Vaccination in Bombay 1889-1901 - 1889-1901
Year: 1889
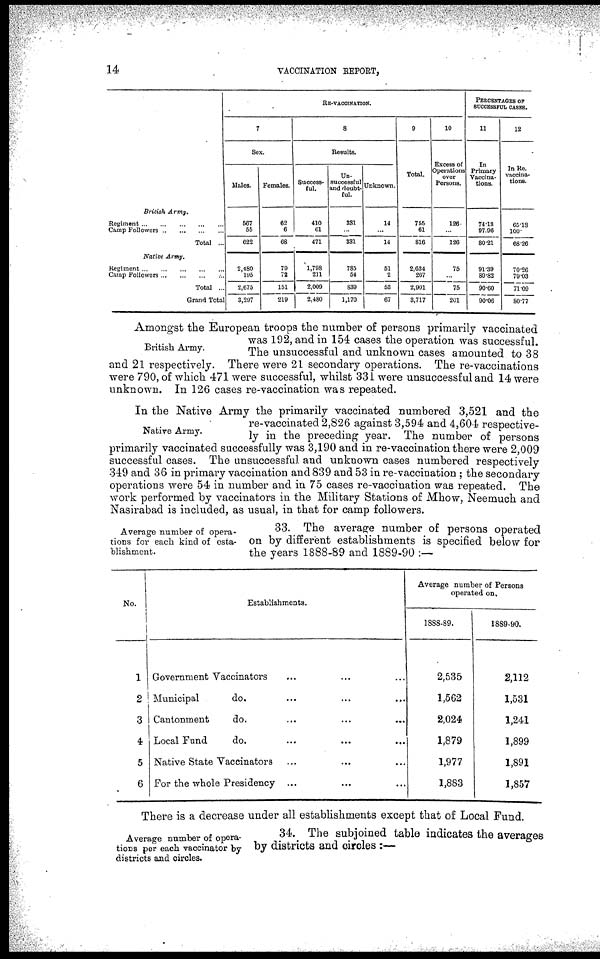
14
VACCINATION REPORT,
British Army.
Regiment...
...
...
...
...
Camp Followers
...
...
...
...
Total ...
Native Army.
Regiment
...
...
...
...
...
Camp Followers ... ... ... ...
Total ...
Grand Total
RE-VACCINATION.
7
Sex.
Males.
567
55
622
2,480
195
2,675
3,297
Females.
62
6
68
79
72
151
219
8
Results.
Success-
ful.
410
61
471
1,798
211
2,009
2,480
Un-
successful
and doubt-
ful.
331
...
331
785
54
839
1,170
Unknown.
14
...
14
51
2
53
67
9
Total.
755
61
816
2,634
267
2,901
3,717
10
Excess of
Operations
over
Persons.
126.
...
126
75
...
75
201
PERCENTAGES OF
SUCCESSFUL CASES.
11
In
Primary
Vaccina-
tions.
74.13
97.96
80.21
91.39
89.82
90.60
90.06
12
In Re-
vaccina-
tions.
65.18
100.
68.26
70.26
79.03
71.09
80.77
British Army.
Amongst the European troops the number of persons primarily vaccinated
was 192, and in 154 cases the operation was successful.
The unsuccessful and unknown cases amounted to 38
and 21 respectively. There were 21 secondary operations. The re-vaccinations
were 790, of which 471 were successful, whilst 331 were unsuccessful and 14 were
unknown. In 126 cases re-vaccination was repeated.
Native Army.
In the Native Army the primarily vaccinated numbered 3,521 and the
re-vaccinated 2,826 against 3,594 and 4,604 respective-
ly in the preceding year. The number of persons
primarily vaccinated successfully was 3,190 and in re-vaccination there were 2,009
successful cases. The unsuccessful and unknown cases numbered respectively
349 and 36 in primary vaccination and 839 and 53 in re-vaccination ; the secondary
operations were 54 in number and in 75 cases re-vaccination was repeated. The
work performed by vaccinators in the Military Stations of Mhow, Neemuch and
Nasirabad is included, as usual, in that for camp followers.
Average number of opera-
tions for each kind of esta-
blishment.
33. The average number of persons operated
on by different establishments is specified below for
the years 1888-89 and 1889-90 :—
No.
1
2
3
4
5
6
Establishments.
Government Vaccinators ... ... ...
Municipal
do. ... ... ...
Cantonment
do. ... ... ...
Local Fund
do. ... ... ...
Native State Vaccinators ... ... ...
For the whole Presidency ... ... ...
Average number of Persons
operated on.
1888-89.
2,535
1,562
2,024
1,879
1,977
1,883
1889-90.
2,112
1,531
1,241
1,899
1,891
1,857
There is a decrease under all establishments except that of Local Fund.
Average Dumber of opera-
tions per each vaccinator by
districts and circles.
34. The subjoined table indicates the averages
by districts and circles :—